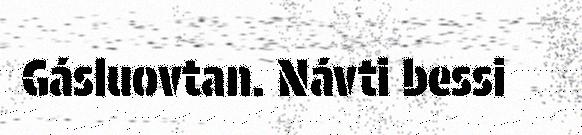
Gásluovtan. Návti bessi